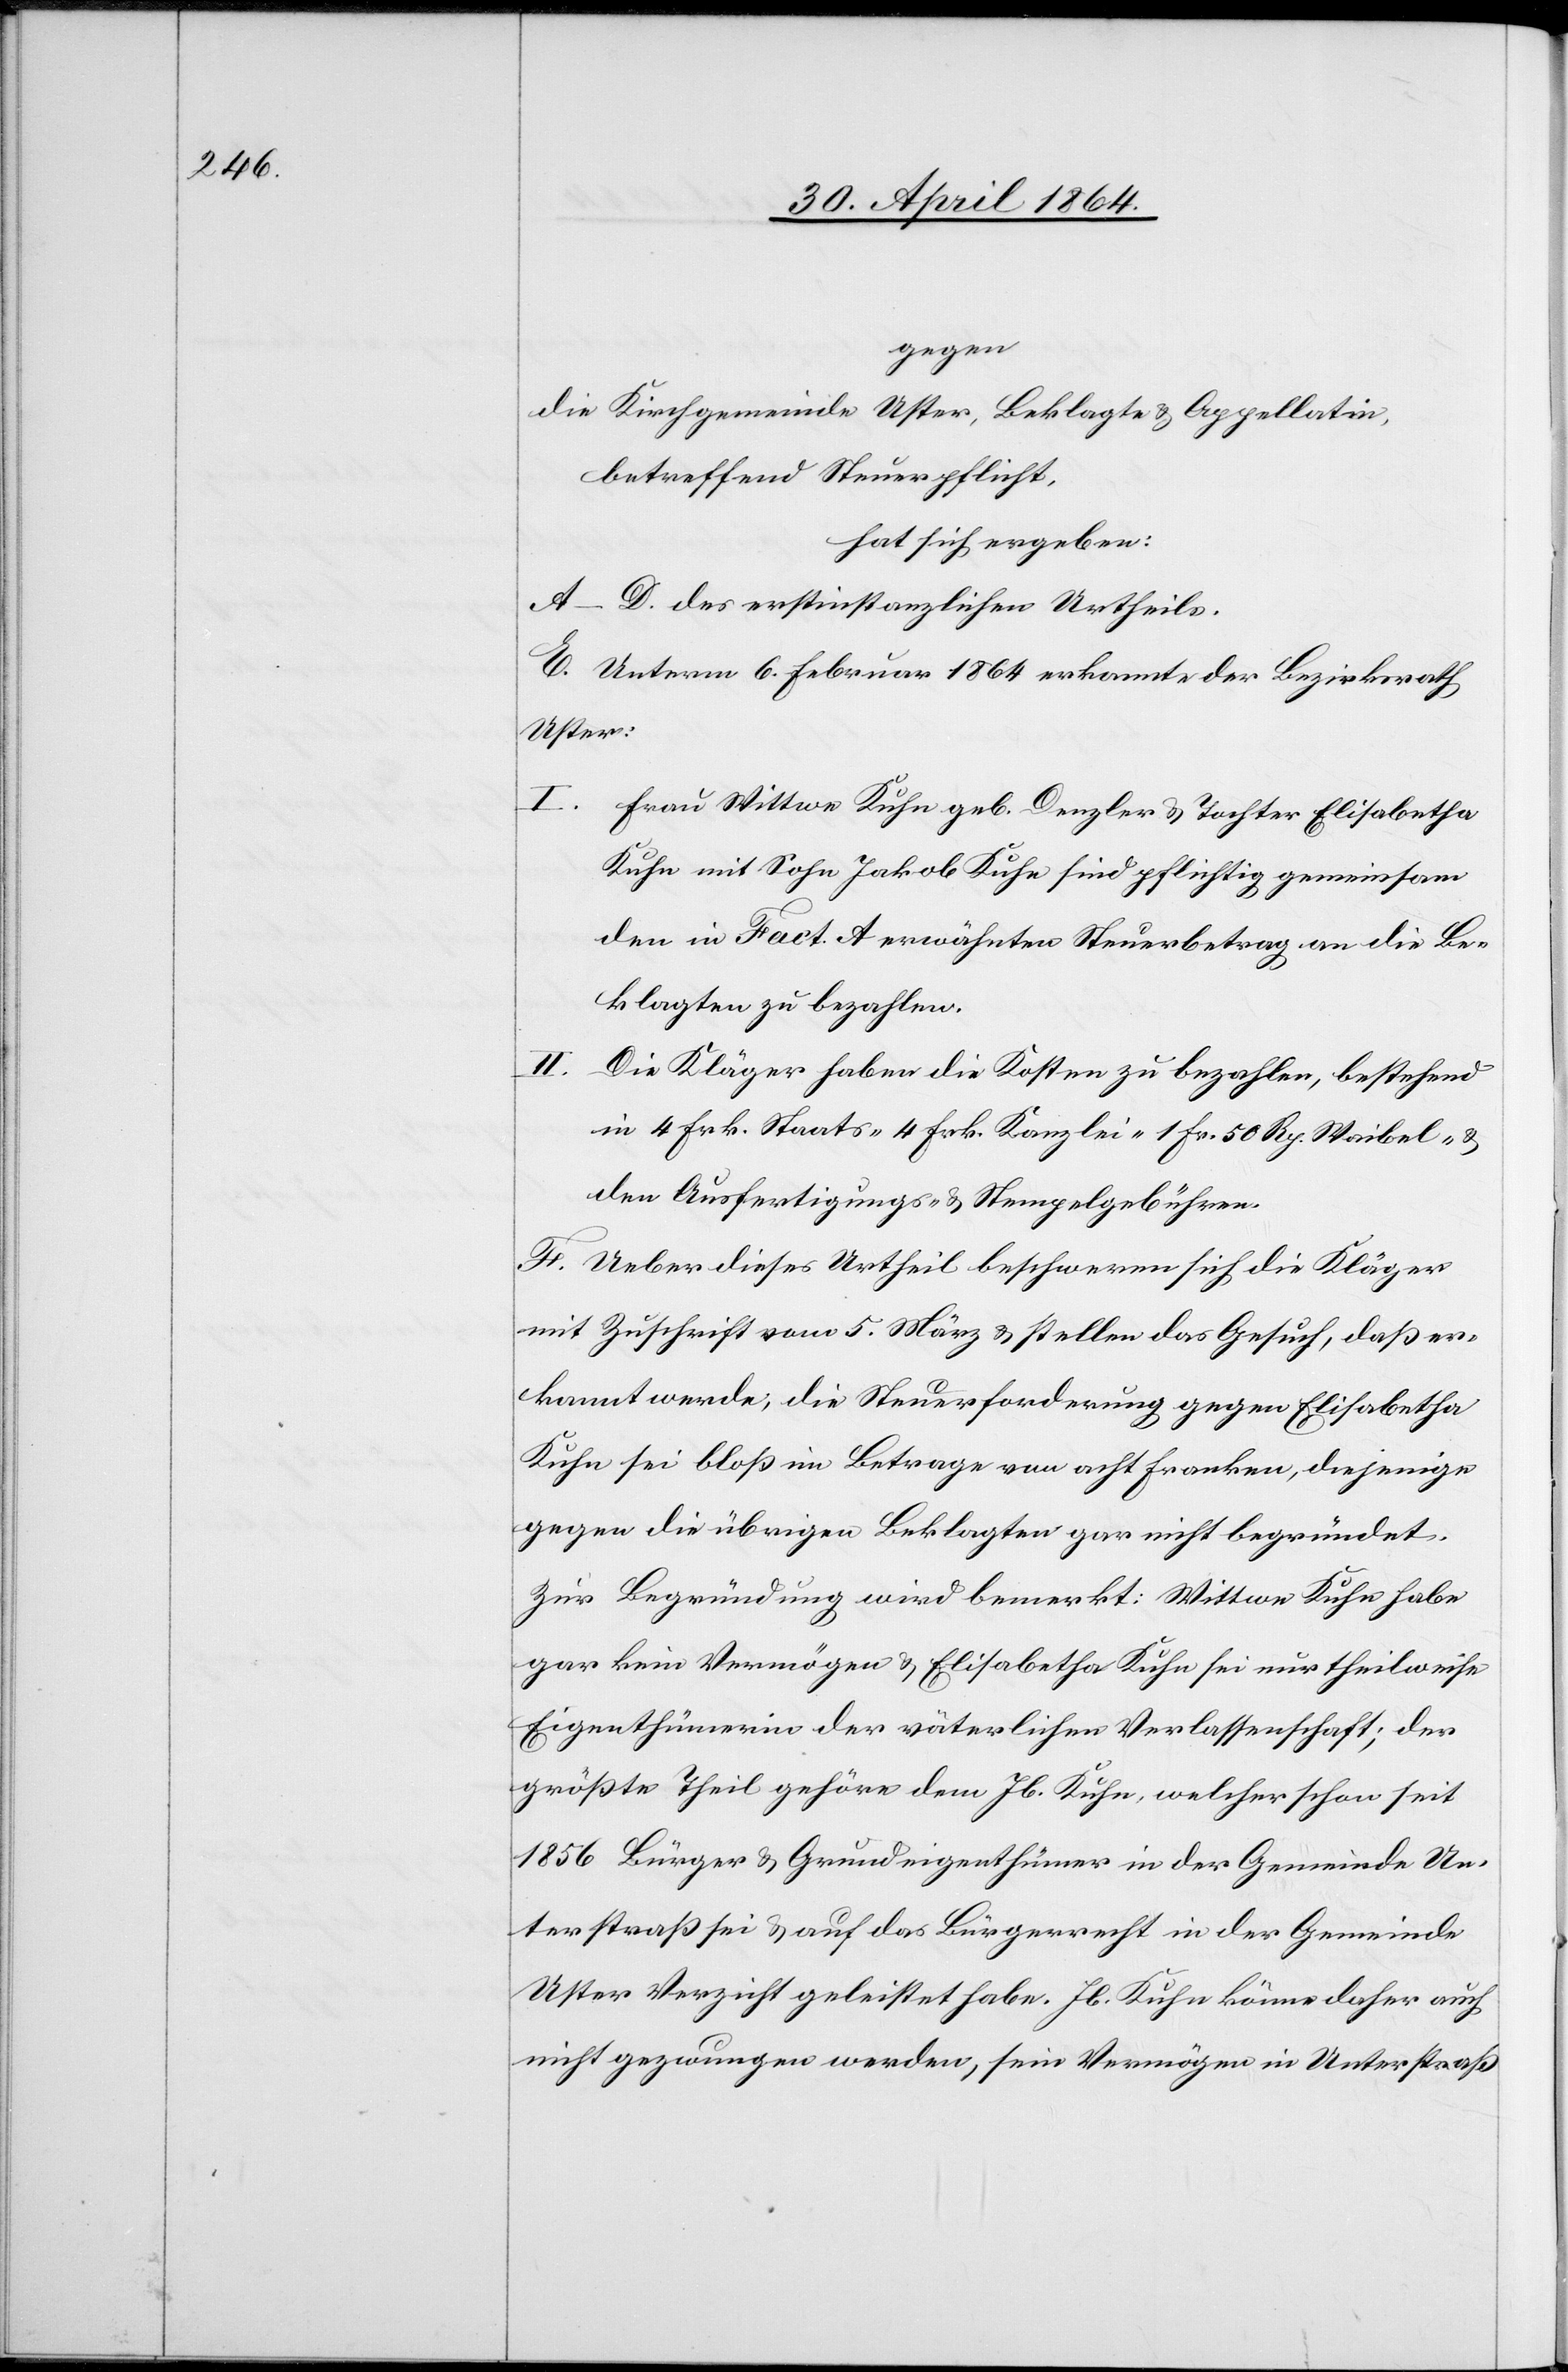
gegen
die Kirchgemeinde Uster, Beklagte u. Appellatin,
betreffend Steuerpflicht,
hat sich ergeben:
A–D. des erstinstanzlichen Urtheils.
E. Unterm 6. Februar 1864 erkannte der Bezirksrath
Uster:
I. Frau Wittwe Kuhn geb. Denzler u. Tochter Elisabetha
Kuhn mit Sohn Jakob Kuhn sind pflichtig gemeinsam
den in Fact. A erwähnten Steuerbetrag an die Be¬
klagten zu bezahlen.
Die Kläger haben die Kosten zu bezahlen, bestehend
in 4 Frk. Staats-[,] 4 Frk. Kanzlei-[,] 1 Fr. 50 Rp. Weibel- u.
den Ausfertigungs- u. Stempelgebühren.
F. Ueber dieses Urtheil beschweren sich die Kläger
mit Zuschrift vom 5. März u. stellen das Gesuch, daß er¬
kannt werde, die Steuerforderung gegen Elisabetha
Kuhn sei bloß im Betrage von acht Franken, diejenige
gegen die übrigen Beklagten gar nicht begründet.
Zur Begründung wird bemerkt: Wittwe Kuhn habe
gar kein Vermögen u. Elisabetha Kuhn sei nur theilweise
Eigenthümerin der väterlichen Verlassenschaft; der
größte Theil gehöre dem Jb. Kuhn, welcher schon seit
1856 Bürger u. Grundeigenthümer in der Gemeinde Un¬
terstraß sei u. auf das Bürgerrecht in der Gemeinde
Uster Verzicht geleistet habe. Jb. Kuhn könne daher auch
nicht gezwungen werden, sein Vermögen in Unterstraß